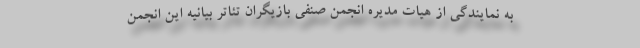
به نمایندگی از هیات مدیره انجمن صنفی بازیگران تئاتر بیانیه این انجمن